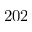
2 0 2